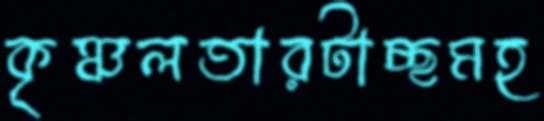
কৃঞ্চলতারটাচ্ছমহ